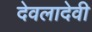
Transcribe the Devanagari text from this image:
देवलादेवी